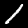
Label: 1